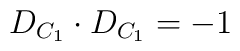
D_{C_1} \cdot D_{C_1} = -1